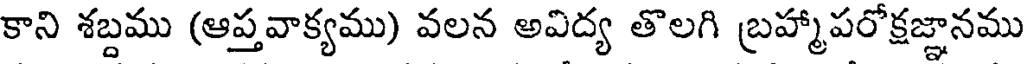
కాని శబ్దము (ఆప్తవాక్యము) వలన అవిద్య తొలగి బ్రహ్మాపరోక్షజ్ఞానము